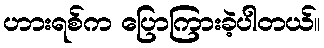
ဟားရစ်က ပြောကြားခဲ့ပါတယ်။